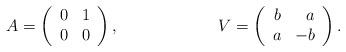
LaTeX: \begin{align*}A &= \left(\begin{array}{rr}0 & 1 \\0 & 0 \end{array}\right),&V &=\left(\begin{array}{rr}b & a \\a & -b \end{array}\right).\end{align*}